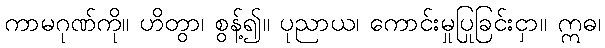
ကာမဂုဏ်ကို။ ဟိတွာ၊ စွန့်၍။ ပုညာယ၊ ကောင်းမှုပြုခြင်းငှာ။ ဣဓ၊